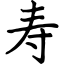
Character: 寿